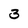
Character: 3